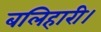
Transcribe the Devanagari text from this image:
बलिहारी।